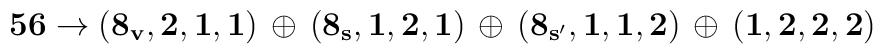
{\bf 56}\rightarrow {\bf (8_v,2,1,1)\, \oplus \, (8_s,1,2,1)\,\oplus \,(8_{s^\prime},1,1,2)}\, \oplus\, {\bf (1,2,2,2)}